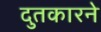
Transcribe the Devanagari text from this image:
दुतकारने